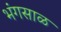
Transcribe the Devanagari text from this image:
भंगसाळ